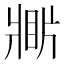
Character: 𤖎